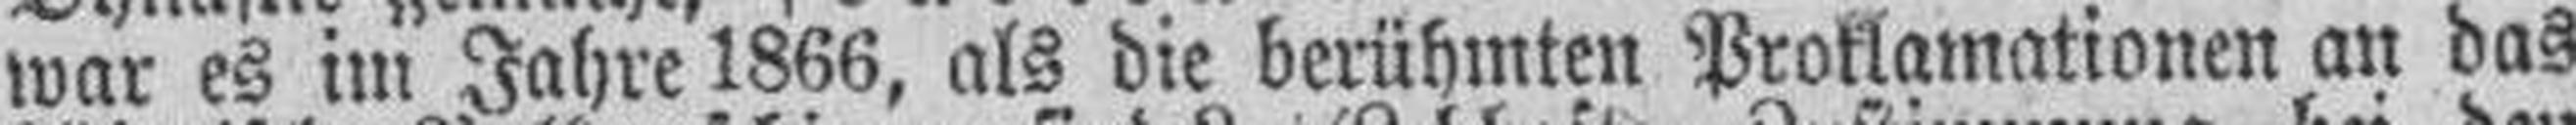
war es im Jahre 1866, als die berühmten Proklamationen an das